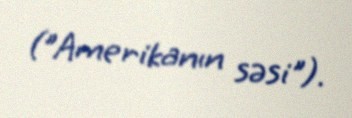
("Amerikanın səsi").